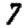
Digit: 7